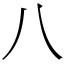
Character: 八